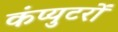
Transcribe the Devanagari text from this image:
कंप्युटरों